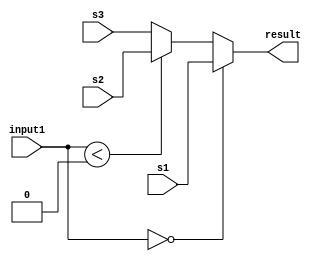
module compare(result,input1,s1,s2,s3);
output reg [31:0] result;
input [31:0] input1,s1,s2,s3;

always @ * begin

if (input1 == 32'b00000000000000000000000000000000)
	result = s1;
else if (input1 < 32'b00000000000000000000000000000000)	
	result = s2;
else
	result = s3;
end

endmodule